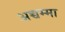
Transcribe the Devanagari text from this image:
अच्चम्मा